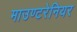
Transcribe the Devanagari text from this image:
माउण्टरेनियर